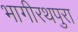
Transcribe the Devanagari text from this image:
भागीरथपुरा